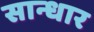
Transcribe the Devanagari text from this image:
सान्धार